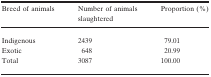
| Breed of animals | Number of animals slaughtered | Proportion (%) |
 | --- | --- | --- |
 | Indigenous | 2439 | 79.01 |
 | Exotic | 648 | 20.99 |
 | Total | 3087 | 100.00 |